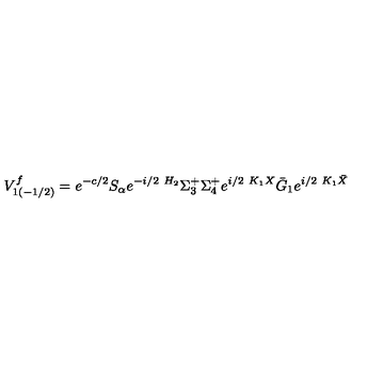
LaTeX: V _ { 1 ( - 1 / 2 ) } ^ { f } = e ^ { - c / 2 } S _ { \alpha } e ^ { - i / 2 \ H _ { 2 } } \Sigma _ { 3 } ^ { + } \Sigma _ { 4 } ^ { + } e ^ { i / 2 \ K _ { 1 } X } \bar { G } _ { 1 } e ^ { i / 2 \ K _ { 1 } \bar { X } }